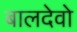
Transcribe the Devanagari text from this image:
बालदेवो